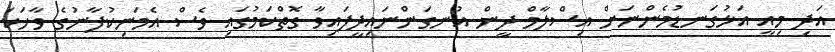
އަދި މިއީ އަޅުގަނޑުމެންނަށް އިސްލާމް ދީން އުނގަންނައިދީފައިވާ ގޮތްކަމުގައި ވެސް އެމަނިކުފާނުގެ ވާހަކަ